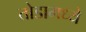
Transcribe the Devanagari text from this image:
तोडामध्ये